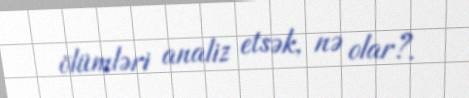
ölümləri analiz etsək, nə olar?.